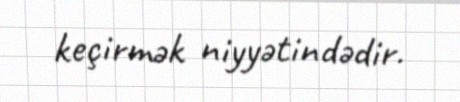
keçirmək niyyətindədir.